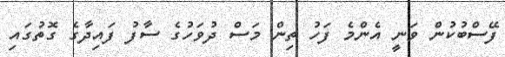
ފޭސްބުކުން ވަނީ އެންމެ ފަހު ތިން މަސް ދުވަހުގެ ސާފު ފައިދާގެ ގޮތުގައި